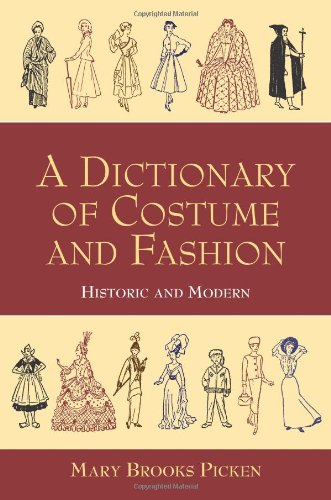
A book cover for A Dictionary of Costume and Fashion: Historic and Modern (Dover Fashion and Costumes); Mary Brooks Picken; Crafts, Hobbies & Home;